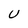
Character: U